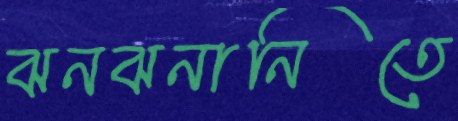
ঝনঝনানিতে